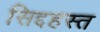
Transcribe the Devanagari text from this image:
सिद्दहस्त